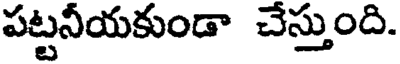
పట్టనీయకుండా చేస్తుంది.